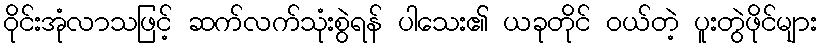
ဝိုင်းအုံလာသဖြင့် ဆက်လက်သုံးစွဲရန် ပါသေး၏ ယခုတိုင် ဝယ်တဲ့ ပူးတွဲဖိုင်များ